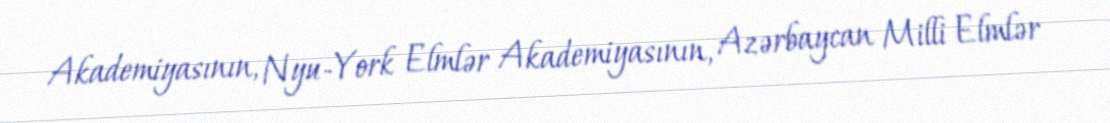
Akademiyasının, Nyu-York Elmlər Akademiyasının, Azərbaycan Milli Elmlər